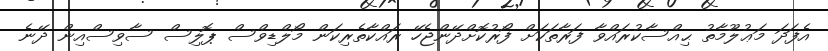
އެފަދަ މަޢުލޫމާތު ޙިއްސާކުރައްވާ ފަރާތަކަށް ފޯރުކޮށްދޭންޖެހޭ ރައްކާތެރިކަން މޯލްޑިވްސް ޕޮލިސް ސާވިސްއިން ދޭނެ